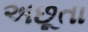
અછૂતા